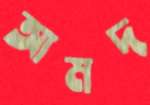
আমদ